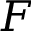
F